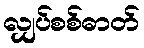
လျှပ်စစ်ဓာတ်